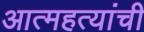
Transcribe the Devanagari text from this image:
आत्महत्यांची